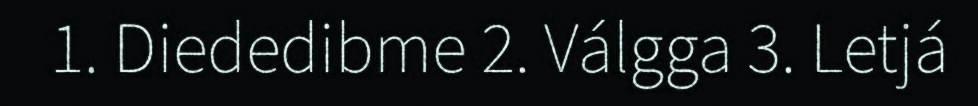
1. Diededibme 2. Válgga 3. Letjá